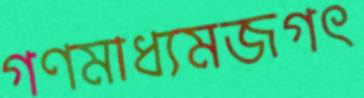
গণমাধ্যমজগৎ